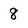
Character: 8